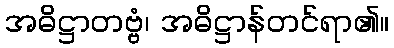
အဓိဋ္ဌာတဗ္ဗံ၊ အဓိဋ္ဌာန်တင်ရာ၏။